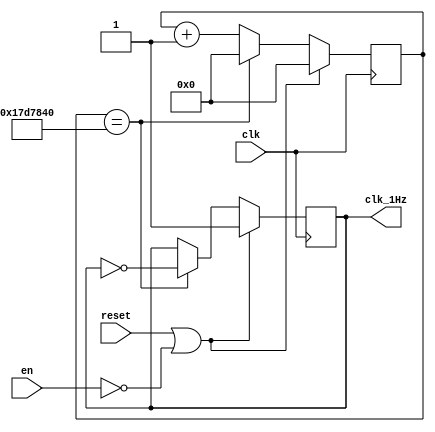
module slowClock(clk, reset, en, clk_1Hz);
input clk, reset, en;
output clk_1Hz;
reg clk_1Hz = 1'b0;
reg [27:0] counter;
always@(posedge clk)
begin
 if (reset == 1 || en==0)
 begin
 clk_1Hz <= 1;
 counter <= 0;
 end
 else
 begin
 counter <= counter + 1;
 if ( counter == 25000000)
 begin
 counter <= 0;
 clk_1Hz <= ~clk_1Hz;
 end
 end
end
endmodule